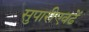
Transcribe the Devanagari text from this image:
सुपारीएवढें